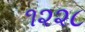
૧૨૨૮